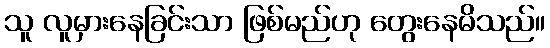
သူ လူမှားနေခြင်းသာ ဖြစ်မည်ဟု တွေးနေမိသည်။